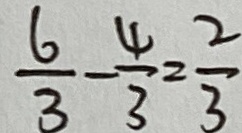
\frac { 6 } { 3 } - \frac { 4 } { 3 } = \frac { 2 } { 3 }